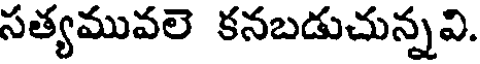
సత్యమువలె కనబడుచున్నవి.